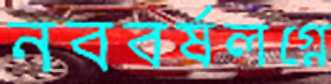
নববর্ষলগ্নে